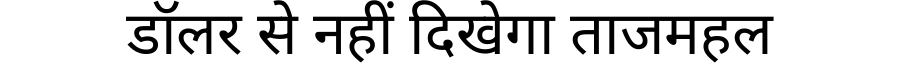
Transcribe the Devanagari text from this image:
डॉलर से नहीं दिखेगा ताजमहल